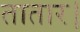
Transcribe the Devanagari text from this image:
तातार।